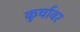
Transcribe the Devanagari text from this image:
कूर्चावर